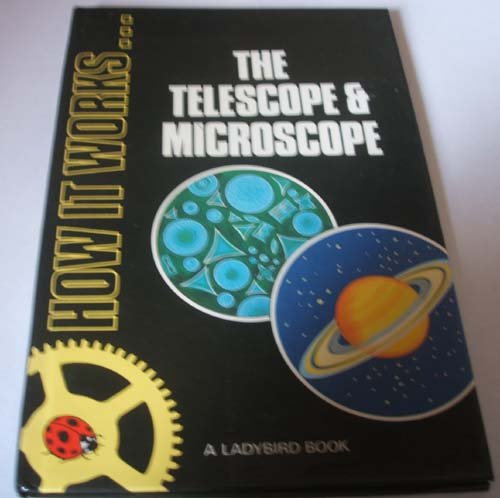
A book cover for Telescope & Microscope (How It Works); Roy Worvill; Science & Math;